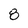
Character: 8